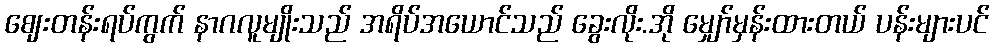
ဈေးတန်းရပ်ကွက် နာဂလူမျိုးသည် အရိပ်အယောင်သည် ခွေးလိုး.အို မျှော်မှန်းထားတယ် ပန်းများပင်